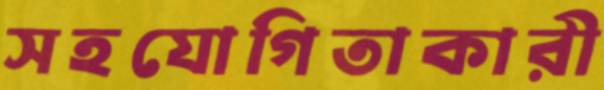
সহযোগিতাকারী